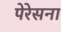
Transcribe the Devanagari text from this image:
पेरेसना